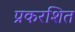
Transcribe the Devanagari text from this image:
प्रकरशित